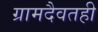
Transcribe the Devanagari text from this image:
ग्रामदैवतही